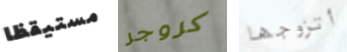
مستيقظا كروجر أتزوجها